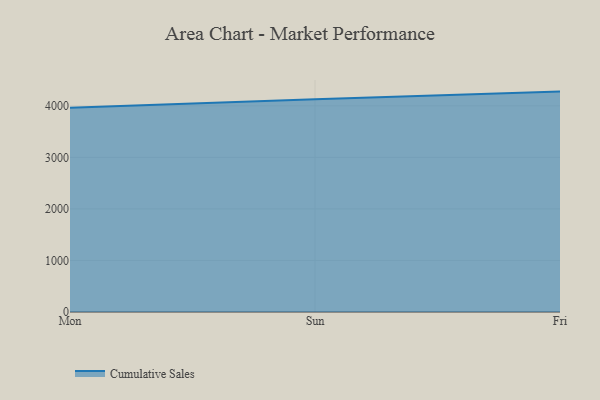
{"axis": {"x": "Day", "y": "Headcount"}, "legend": ["Cumulative Sales"], "data": [{"x": "Mon", "y": 3964.3, "type": "Cumulative Sales"}, {"x": "Sun", "y": 4129.3, "type": "Cumulative Sales"}, {"x": "Fri", "y": 4276.1, "type": "Cumulative Sales"}]}